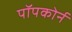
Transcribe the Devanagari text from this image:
पॉपकोर्न